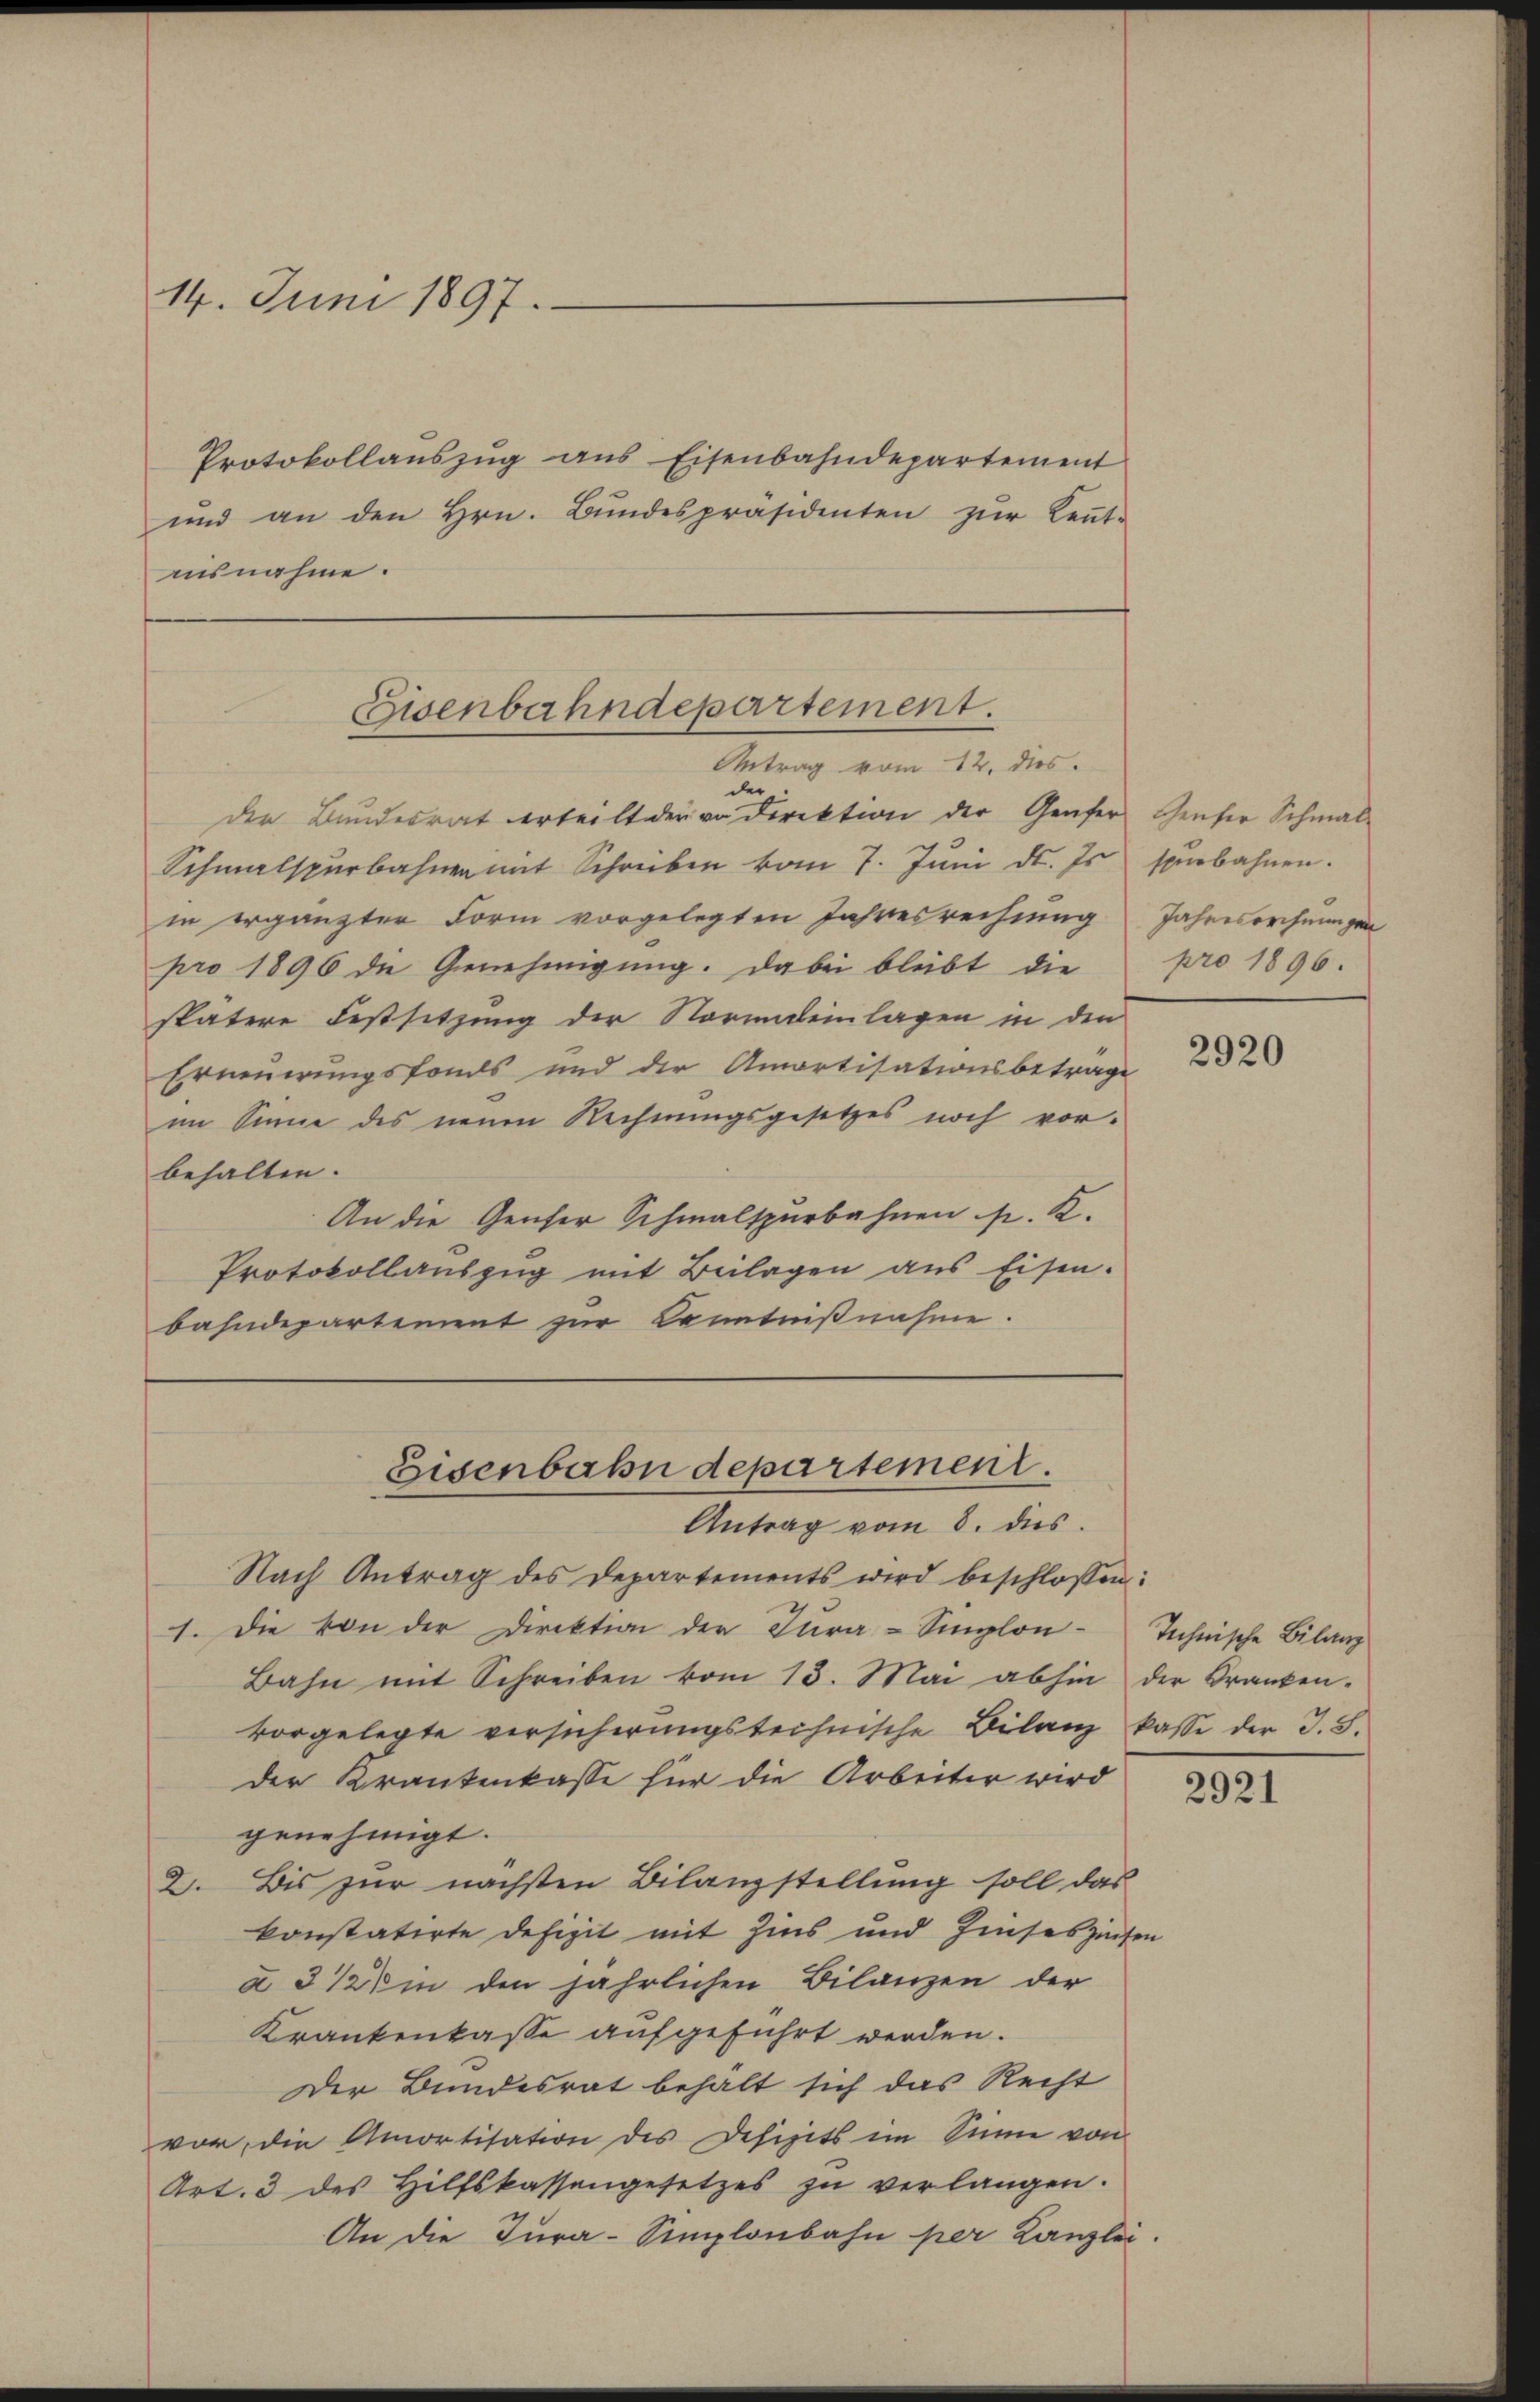
14. Juni 1897.

Protokollaŭszŭg ans Eisenbahndepartement
und an den Hrn. Bŭndespräsidenten zŭr Keṅt-
insnahme.

der Bundesrat erteilt der von Direktion der Genfer Genfer Schmal-
Schmalspurbahnen mit Schreiben vom 7. Juni d. Es serbahnen.
in ergänzter Form vorgelegten Jahresrechnung Jahresrechnungen
pro 1896 die Genehmigung. Dabei bleibt die
spätere Festsitzung der Normundeinlagen in den
Erneuerungsfonds und der Amortisationsbetrage
im Sinne des neuen Rechnungsgesetzes noch vorbehalten.
An die Genfer Schmalspurbahnen p. K.
Protokollaŭszŭg mit Beilagen aus Eisen.
bahndepartement zur Kenntnißnahme.

Eisenbahndepartement.
Antrag vom 12. dies.
der

Eisenbahn departement.
Antrag vom 8. ds.

Nach Antrag des Departements wird beschlossen:
1. Die von der Direktion der Cura-Simplon-Technische Bilanz
Bahn mit Schreiben vom 13. Mai abhin der Franken-
vorgelegte versicherungstechnische Bilanz kasse der J. S.
der Krankenkasse für die Arbeiter wird
genehmigt.
2. Bis zur nächsten Bilanzstellung soll das
konstatirte defizit mit Zins und Zinseszinsen
à 3 1/2% in den jährlichen Bilanzen der
Krankenkasse aufgeführt werden.
Der Bundesrat behalt sich das Recht
vor, die Amortisation des Defizits im Sinn von
Art. 3 des Hilfskassengesetzes zu verlangen.
An die Jura-Semplonbahn per Kanzlei.

pro 1896.

2920

2921